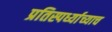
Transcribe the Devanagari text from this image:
प्रतिस्पर्ध्याच्याच